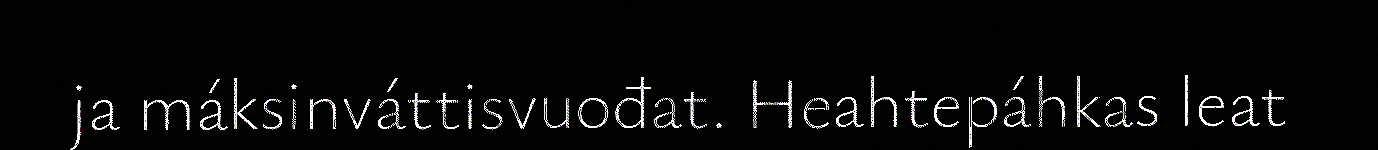
ja máksinváttisvuođat. Heahtepáhkas leat